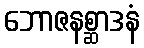
ဘောဇနစ္ဆာဒနံ